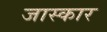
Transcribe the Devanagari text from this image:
जास्कार